Civil Veterinary Department Bengal reports 1923-33 - 1923-1933
Year: 1923
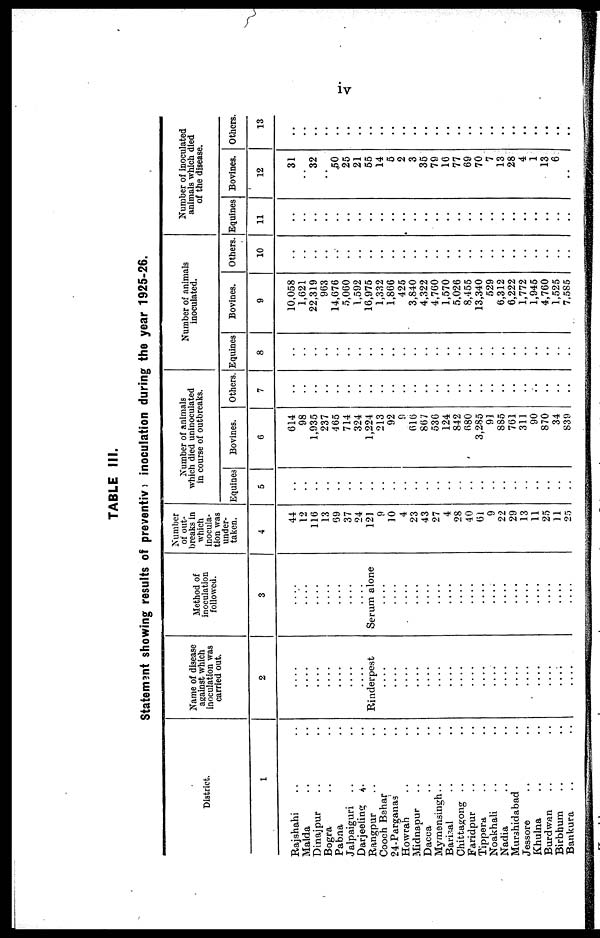
iv
TABLE III.
Statement showing results of preventiv inoculation during the year 1925-26.
District.
1
Rajshahi .. ..
Malda .. ..
Dinajpur .. ..
Bogra .. ..
Pabna ..
Jalpaiguri .. ..
Darjeeling .. ..
Rangpur .. ..
Cooch Bahar .. ..
24-Parganas ..
Howrah .. ..
Midnapur .. ..
Dacca .. ..
Mymensingh .. ..
Barisal .. ..
Chittagong .. ..
Faridpur .. ..
Tippera .. ..
Noakhali .. ..
Nadia .. ..
Murshidabad ..
Jessore .. ..
Khulna .. ..
Burdwan .. ..
Birbhura .. ..
Bankura .. ..
Name of disease
against which
inoculation was
carried out.
2
....
....
....
....
....
....
....
Rinderpest
....
....
....
....
....
....
....
....
....
....
....
....
....
....
....
....
....
....
Method of
inoculation
followed.
3
....
....
....
....
....
....
....
Serum alone
....
....
....
....
....
....
....
....
....
....
....
....
....
....
....
....
....
....
Number
of out-
breaks in
which
inocula-
tion was
under-
taken.
4
44
12
116
13
69
37
24
121
9
10
4
23
43
27
4
28
40
61
9
22
29
13
11
25
11
25
Number of animals
which died uninoculated
in course of outbreaks.
Equines
5
..
..
..
..
..
..
..
..
..
..
..
..
..
..
..
..
..
..
..
..
..
..
..
..
..
..
Bovines.
0
614
98
1,935
237
465
714
324
1,224
213
92
9
616
867
536
124
842
680
3,285
91
885
761
311
90
870
34
839
Others.
7
..
..
..
..
..
..
..
..
..
..
..
..
..
..
..
..
..
..
..
..
..
..
..
..
..
..
Number of animals
inoculated.
Equines
8
..
..
..
..
..
..
..
..
..
..
..
..
..
..
..
..
..
..
..
..
..
..
..
..
..
..
Bovines.
9
10,058
1,621
22,319
963
14,676
5,060
1,592
16,975
1,332
1,866
425
3,840
4,322
4,760
1,570
5,026
8,455
13,340
529
6,312
6,222
1,772
1,945
4,760
1,525
7,585
Others.
10
..
..
..
..
..
..
..
..
..
..
..
..
..
..
..
..
..
..
..
..
..
..
..
..
..
..
Number of inoculated
animals which died
of the disease.
Equines
11
..
..
..
..
..
..
..
..
..
..
..
..
..
..
..
..
..
..
..
..
..
..
..
..
..
..
Bovines.
12
31
..
32
..
50
25
21
55
14
5
2
3
35
79
16
77
69
70
7
13
28
4
1
13
6
..
Others.
13
..
..
..
..
..
..
..
..
..
..
..
..
..
..
..
..
..
..
..
..
..
..
..
..
..
..